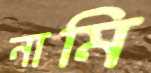
নামি